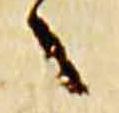
へ